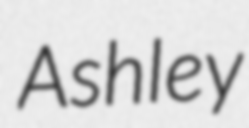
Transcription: Ashley